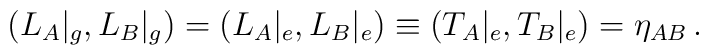
(L_{A}|_{g}, L_{B}|_{g})=(L_{A}|_{e}, L_{B}|_{e})\equiv(T_{A}|_{e}, T_{B}|_{e})=\eta_{AB}\,.